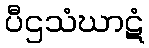
ပီဌသံဃာဋံ